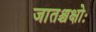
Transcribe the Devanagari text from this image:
जातश्चक्षोः